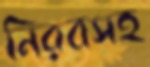
নিরবসহ